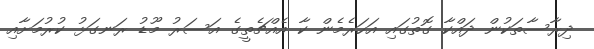
ދިރާސާތަކުން ދައްކާ ގޮތުގައި އަހަރެމެން ކާ އެއްޗެތީގެ އަސަރު މޫޑު ރަނގަޅު ކުރުމަށާއި